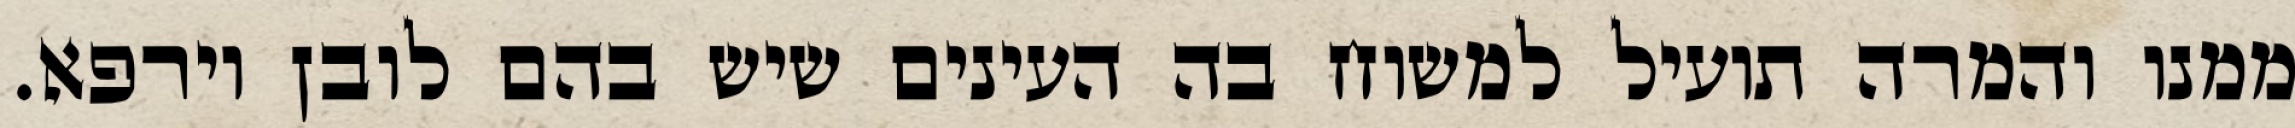
ממנו והמרה תועיל למשוח בה העינים שיש בהם לובן וירפא.